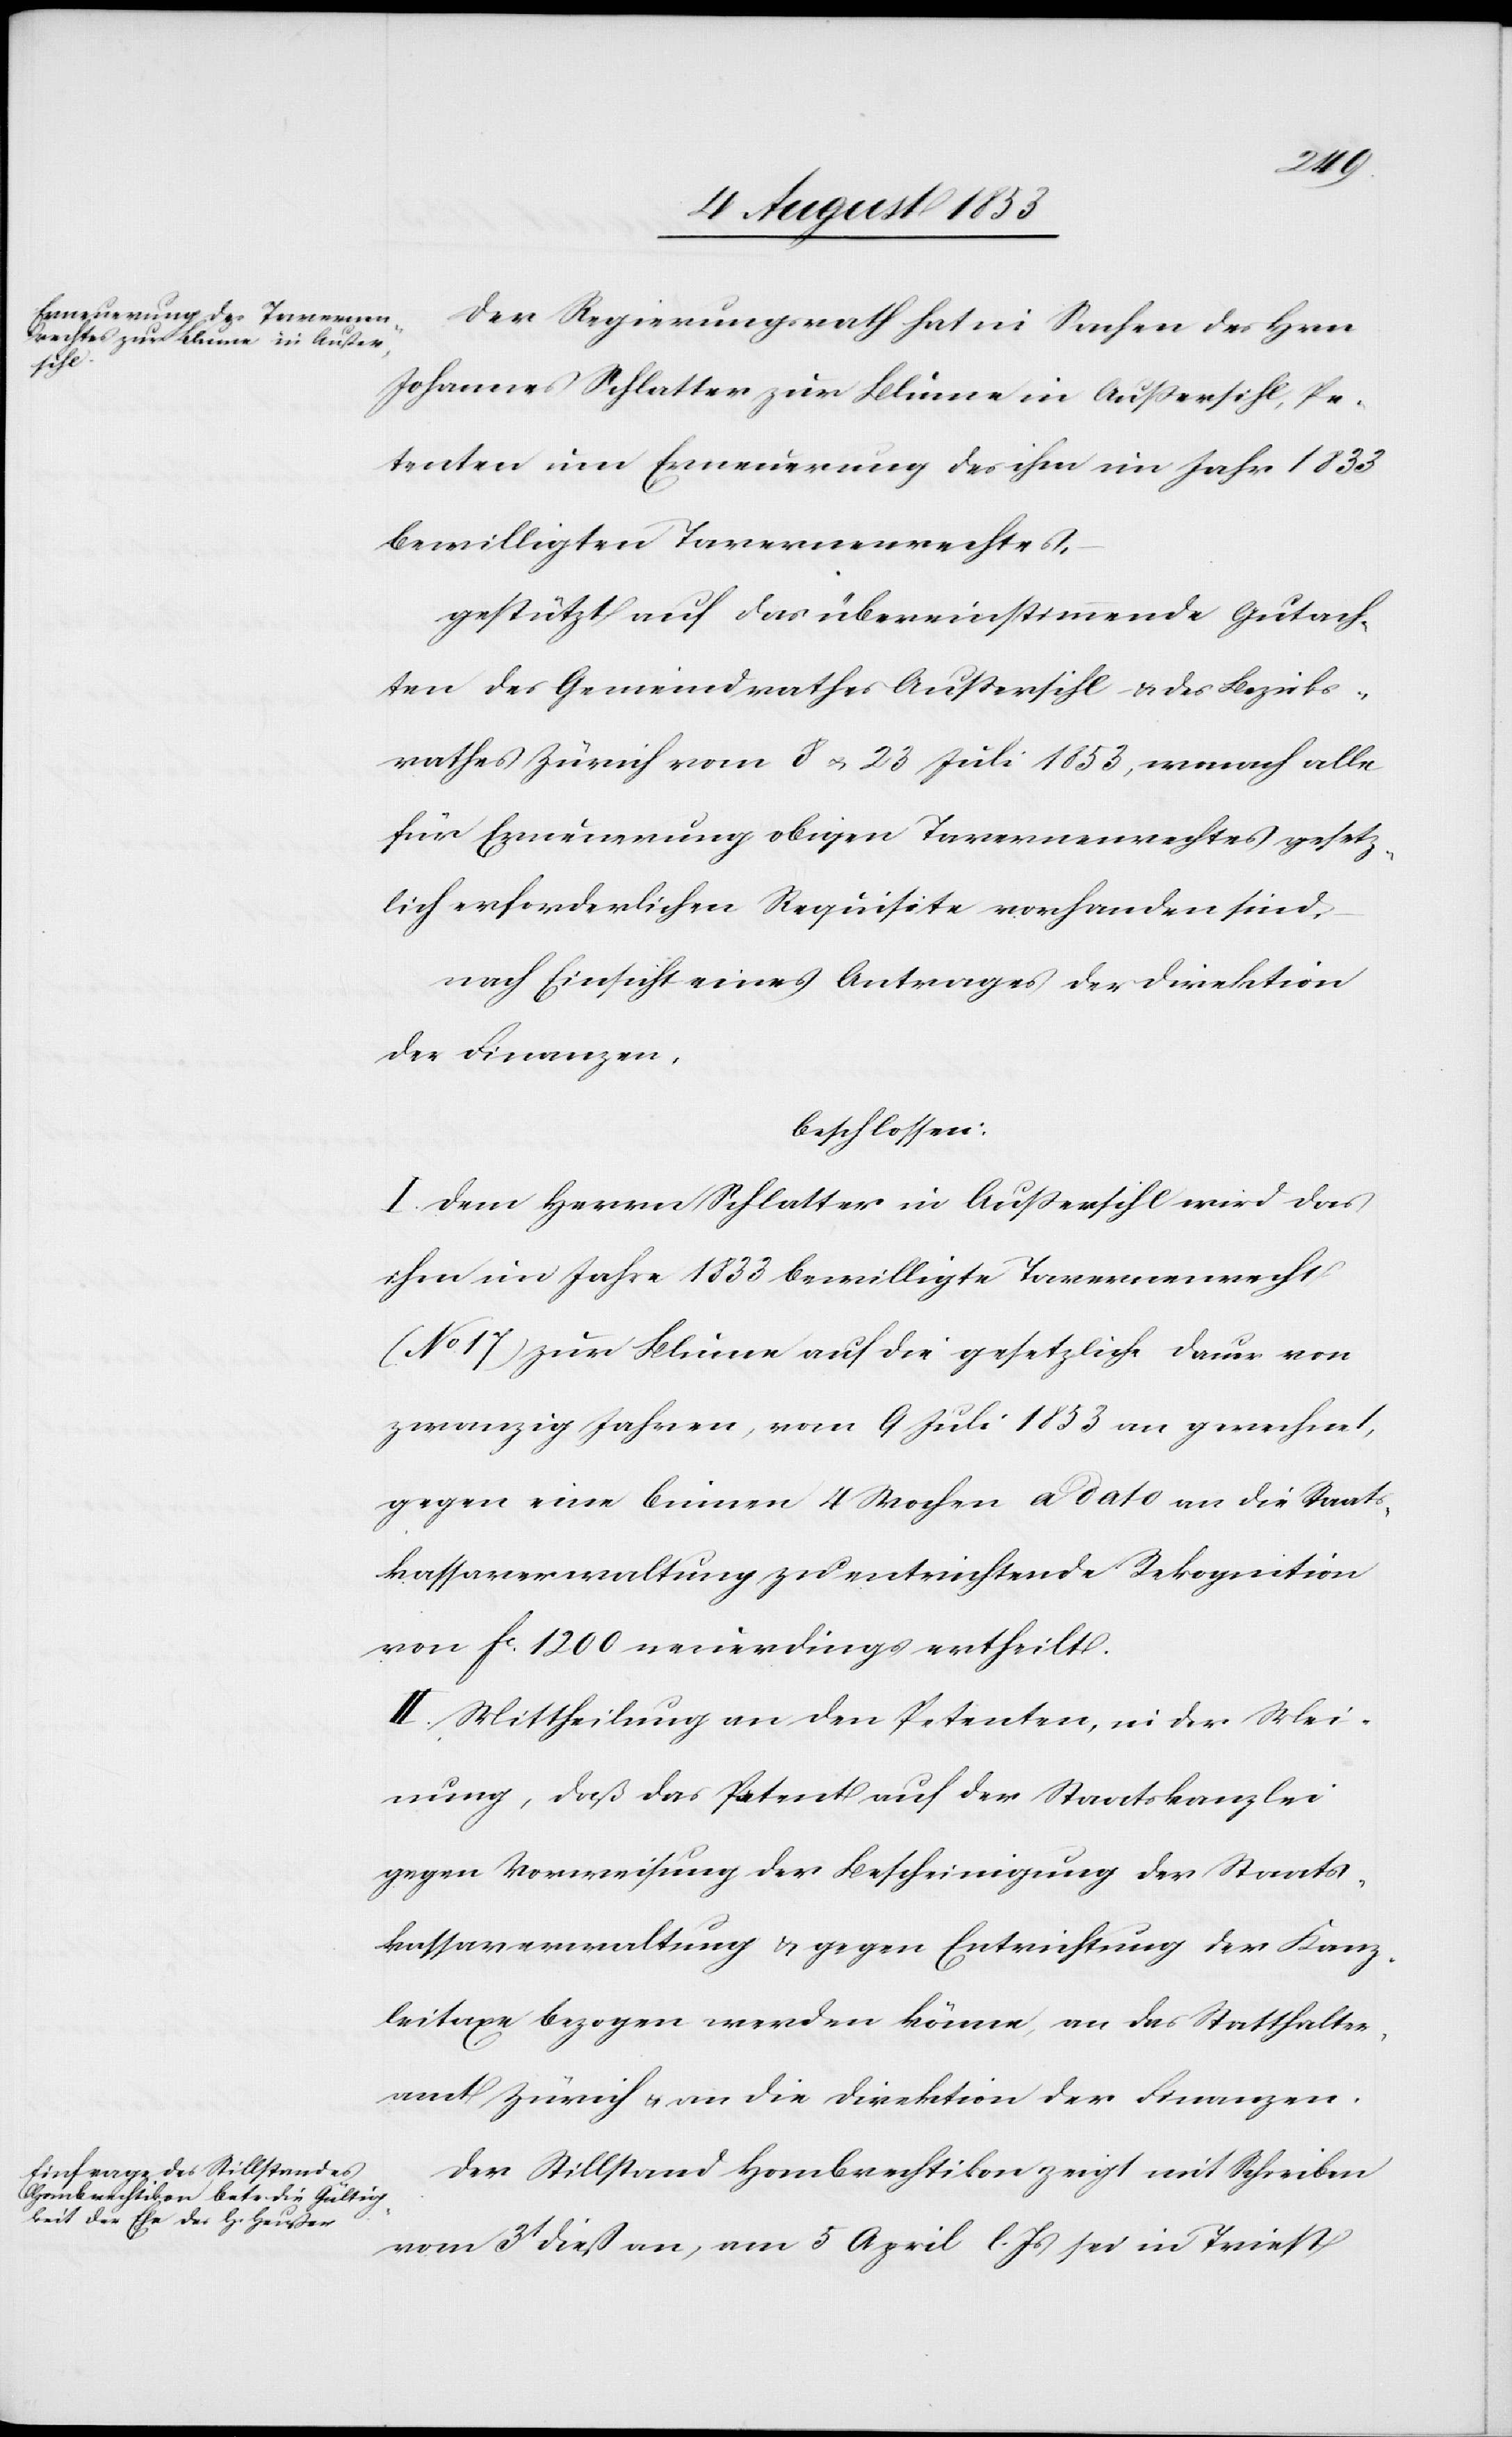
Der Regierungsrath hat in Sachen des Hrn
Johannes Schlatter zur Blume in Außersihl, Pe¬
tenten um Erneuerung des ihm im Jahr 1833
bewilligten Tavernenrechtes,
gestützt auf das übereinstimmende Gutach¬
ten des Gemeindrathes Außersihl u. des Bezirks¬
rathes Zürich vom 8 u. 23 Juli 1853, wonach alle
für Erneuerung obigen Tavernenrechtes gesetz¬
lich erforderlichen Requisite vorhanden sind,
nach Einsicht eines Antrages der Direktion
der Finanzen,
beschlossen:
I. Dem Herrn Schlatter in Außersihl wird das
schon im Jahre 1833 bewilligte Tavernenrecht
(N°17) zur Blume auf die gesetzliche Dauer von
zwanzig Jahren, vom 9 Juli 1853 an gerechnet,
gegen eine binnen 4 Wochen a dato an die Staats¬
kassaverwaltung zu entrichtende Rekognition
von fc 1200 neuerdings ertheilt.
II. Mittheilung an den Petenten, in der Mei¬
nung, daß der Petent auf der Staatskanzlei
gegen Vorweisung der Bescheinigung der Staats¬
kassaverwaltung u. gegen Entrichtung der Kanz¬
leitaxe bezogen werden könne, an das Statthalter¬
amt Zürich u. an die Direktion der Finanzen.
Der Stillstand Hombrechtikon zeigt mit Schreiben
vom 3t dieß an, am 5 April l. Js. sei in Triest